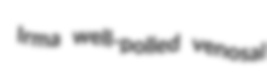
Irma well-polled venosal